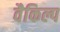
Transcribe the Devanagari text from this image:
वैकिल्प